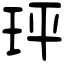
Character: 玶